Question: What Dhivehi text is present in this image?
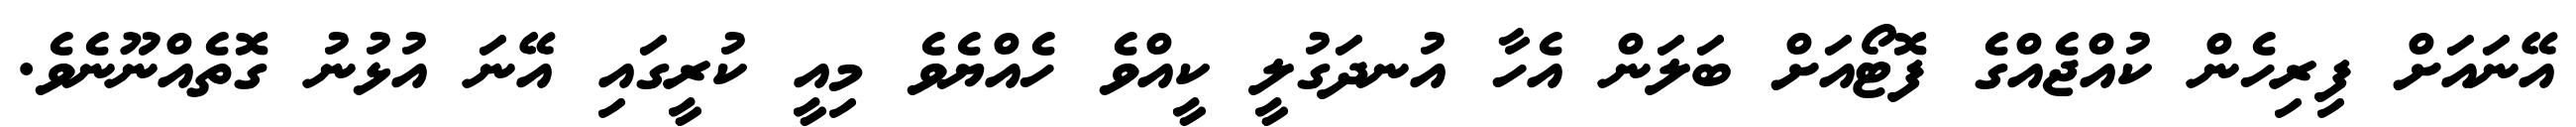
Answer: އޭނައަށް ފިރިހެން ކުއްޖެއްގެ ފޮޓޯއަށް ބަލަން އެހާ އުނދަގުލީ ކީއްވެ ހެއްޔެވެ މިއީ ކުރީގައި އޭނަ އުޅުނު ގޮތެއްނޫނެވެ.